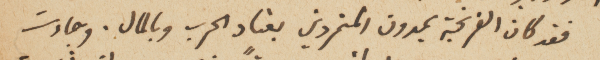
فقد كان الفرنجة يمدون المتمردين بعتاد الحرب وبالمال. وجاءت